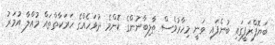
ބަޔޮފްރަފީގައި ބުނެފައި ވަނީ މިހާރުވެސް ތާލިބާނުންގެ ކޮންމެ ދުވަހެއްގެ ހަރަކާތްތައް މުއްލާ އުމަރު